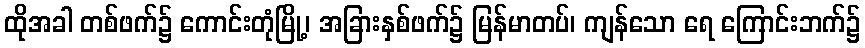
ထိုအခါ တစ်ဖက်၌ ကောင်းတုံမြို့၊ အခြားနှစ်ဖက်၌ မြန်မာတပ်၊ ကျန်သော ရေ ကြောင်းဘက်၌